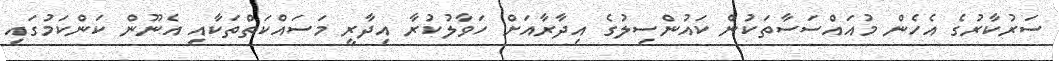
ސަރުކާރުގެ އެހެން މުއައްސަސާތަކުން ކައުންސިލުގެ އިދާރާއަށް ހަވާލުކުރާ އިދާރީ މަސައްކަތްތަކާއި އެނޫން ކަންކަމުގައި